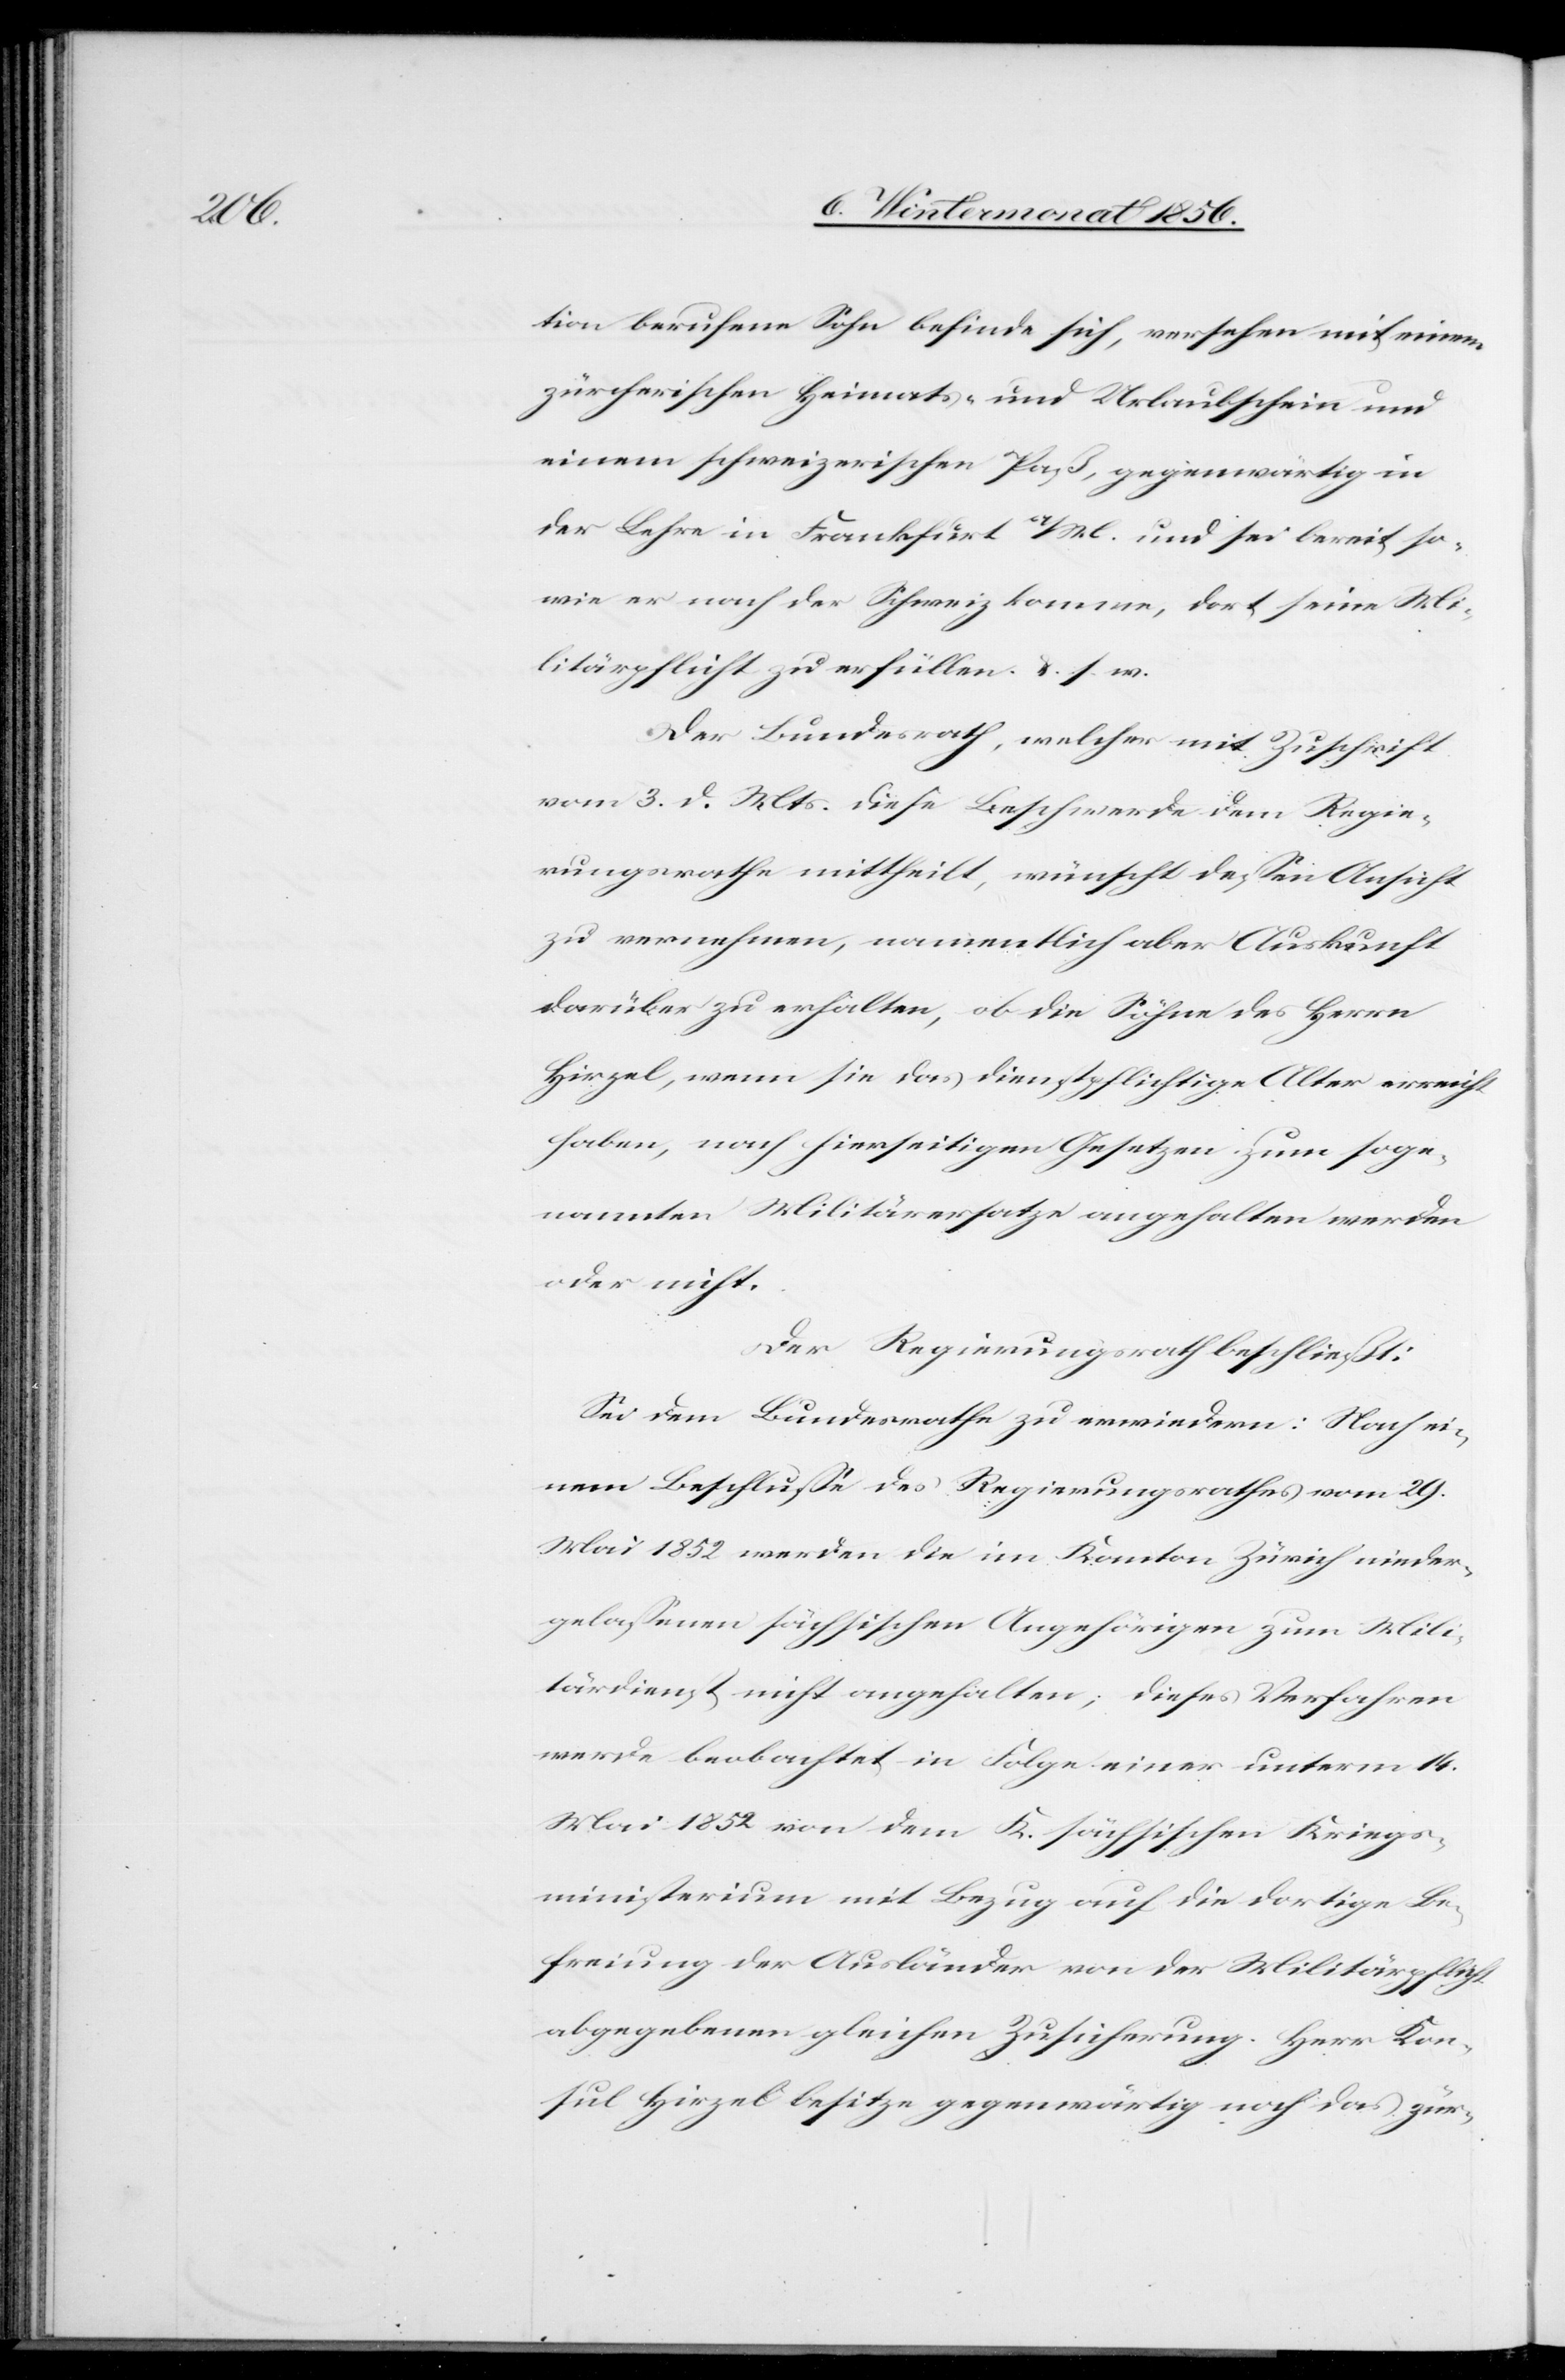
tion berufene Sohn befinde sich, versehen mit einem
zürcherischen Heimats- und Urlaubschein und
einem schweizerischen Paß, gegenwärtig in
der Lehre in Frankfurt a/M. und sei bereit so¬
wie er nach der Schweiz komme, dort seine Mi¬
litärpflicht zu erfüllen. &. s. w.
Der Bundesrath, welcher mit Zuschrift
vom 3. d. Mts. diese Beschwerde dem Regie¬
rungsrathe mittheilt, wünscht dessen Ansicht
zu vernehmen, namentlich aber Auskunft
darüber zu erhalten, ob die Söhne des Herrn
Hirzel, wenn sie das dienstpflichtige Alter erreicht
haben, nach hierseitigen Gesetzen zum soge¬
nannten Militärersatze angehalten werden
oder nicht.
Der Regierungsrath beschließt:
Sei dem Bundesrathe zu erwiedern: Nach ei¬
nem Beschlusse des Regierungsrathes vom 29.
Mai 1852 werden die im Kanton Zürich nieder¬
gelassenen sächsischen Angehörigen zum Mili¬
tärdienst nicht angehalten; dieses Verfahren
werde beobachtet in Folge einer unterm 14.
Mai 1852 von dem K. sächsischen Kriegs¬
ministerium mit Bezug auf die dortige Be¬
freiung der Ausländer von der Militärpflicht
abgegebenen gleichen Zusicherung. Herr Kon¬
sul Hirzel besitze gegenwärtig noch das zür-